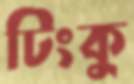
টিংকু